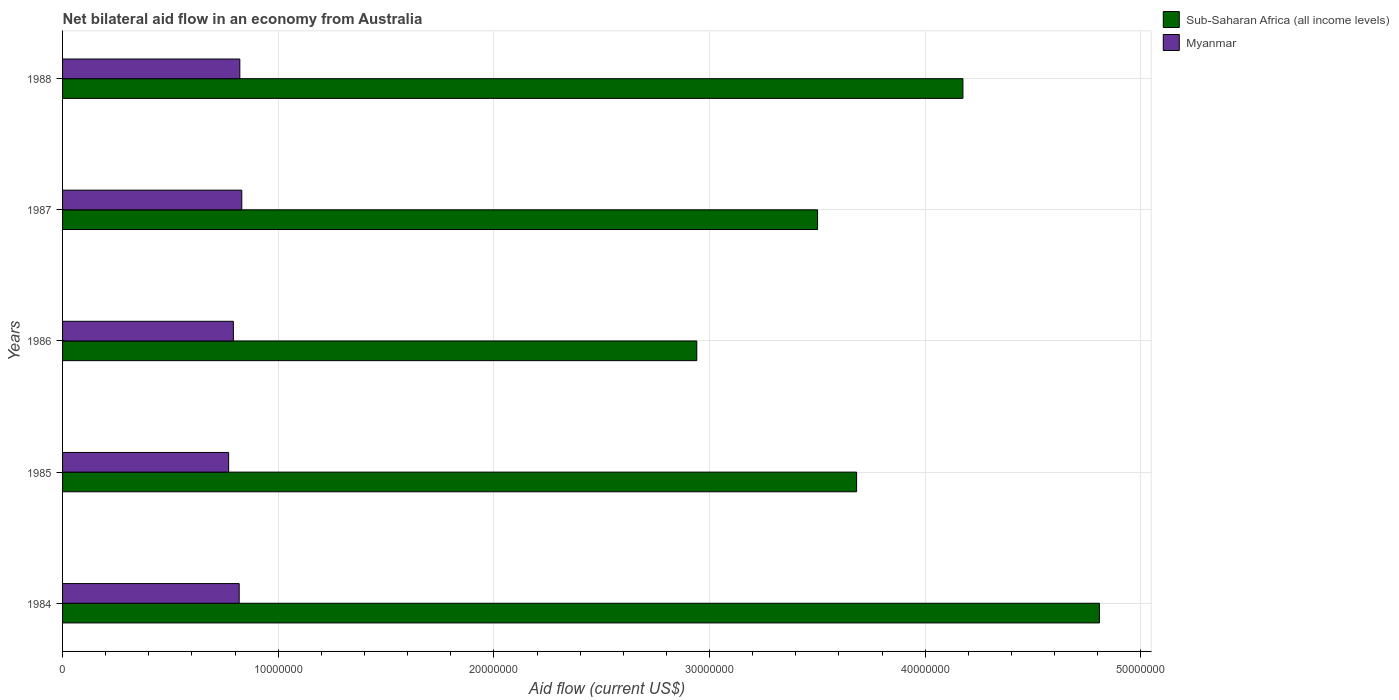
| Years | Sub-Saharan Africa (all income levels) | Myanmar |
 | --- | --- | --- |
 | 1984 | 4.81e+07 | 8.19e+06 |
 | 1985 | 3.68e+07 | 7.7e+06 |
 | 1986 | 2.94e+07 | 7.92e+06 |
 | 1987 | 3.5e+07 | 8.31e+06 |
 | 1988 | 4.18e+07 | 8.22e+06 |